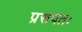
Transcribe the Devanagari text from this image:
प्ररूपतः